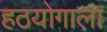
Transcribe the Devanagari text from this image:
हठयोगाला